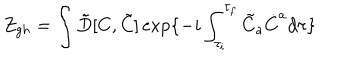
Z _ { g h } = \int \tilde { D } [ C , \tilde { C } ] \exp \{ - i \int _ { \tau _ { i } } ^ { \tau _ { f } } { } \dot { \tilde { C } } _ { a } \dot { C } ^ { a } { } d \tau \}